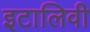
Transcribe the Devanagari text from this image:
इटालिवी